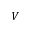
V